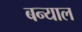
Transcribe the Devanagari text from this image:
बन्‍याल